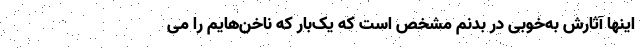
اینها آثارش به‌خوبی در بدنم مشخص است که یک‌بار که ناخن‌هایم را می